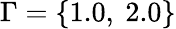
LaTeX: \Gamma=\{ 1.0,\ 2.0\}